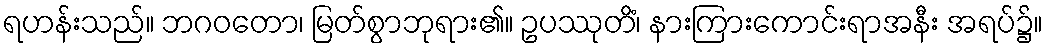
ရဟန်းသည်။ ဘဂဝတော၊ မြတ်စွာဘုရား၏။ ဥပဿုတိံ၊ နားကြားကောင်းရာအနီး အရပ်၌။